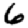
Digit: 6